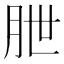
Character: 朑